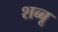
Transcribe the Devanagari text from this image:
शब्बू